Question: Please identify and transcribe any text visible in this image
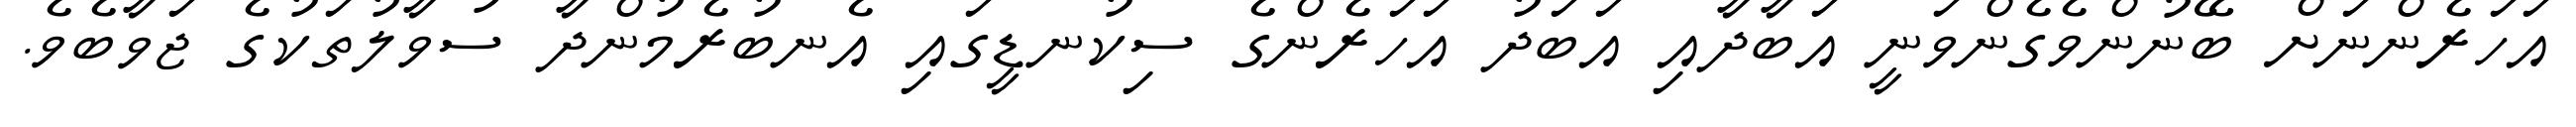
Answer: އަހަރެންނަށް ބޭނުންވެގެންވަނީ އަބާދާއި އަބަދު އަހަރެންގެ ސިކުނޑީގައި އެނބުރެމުންދާ ސުވާލުތަކުގެ ޖަވާބެވެ.